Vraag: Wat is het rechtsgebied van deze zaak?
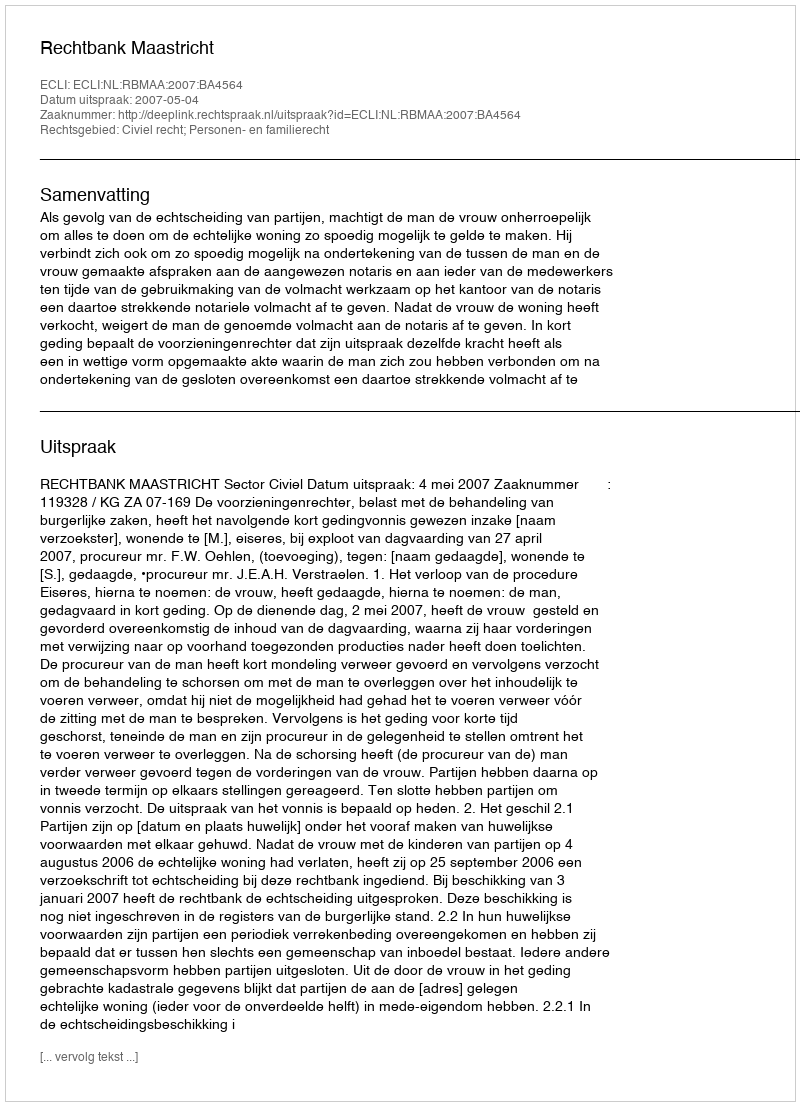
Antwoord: Civiel recht; Personen- en familierecht